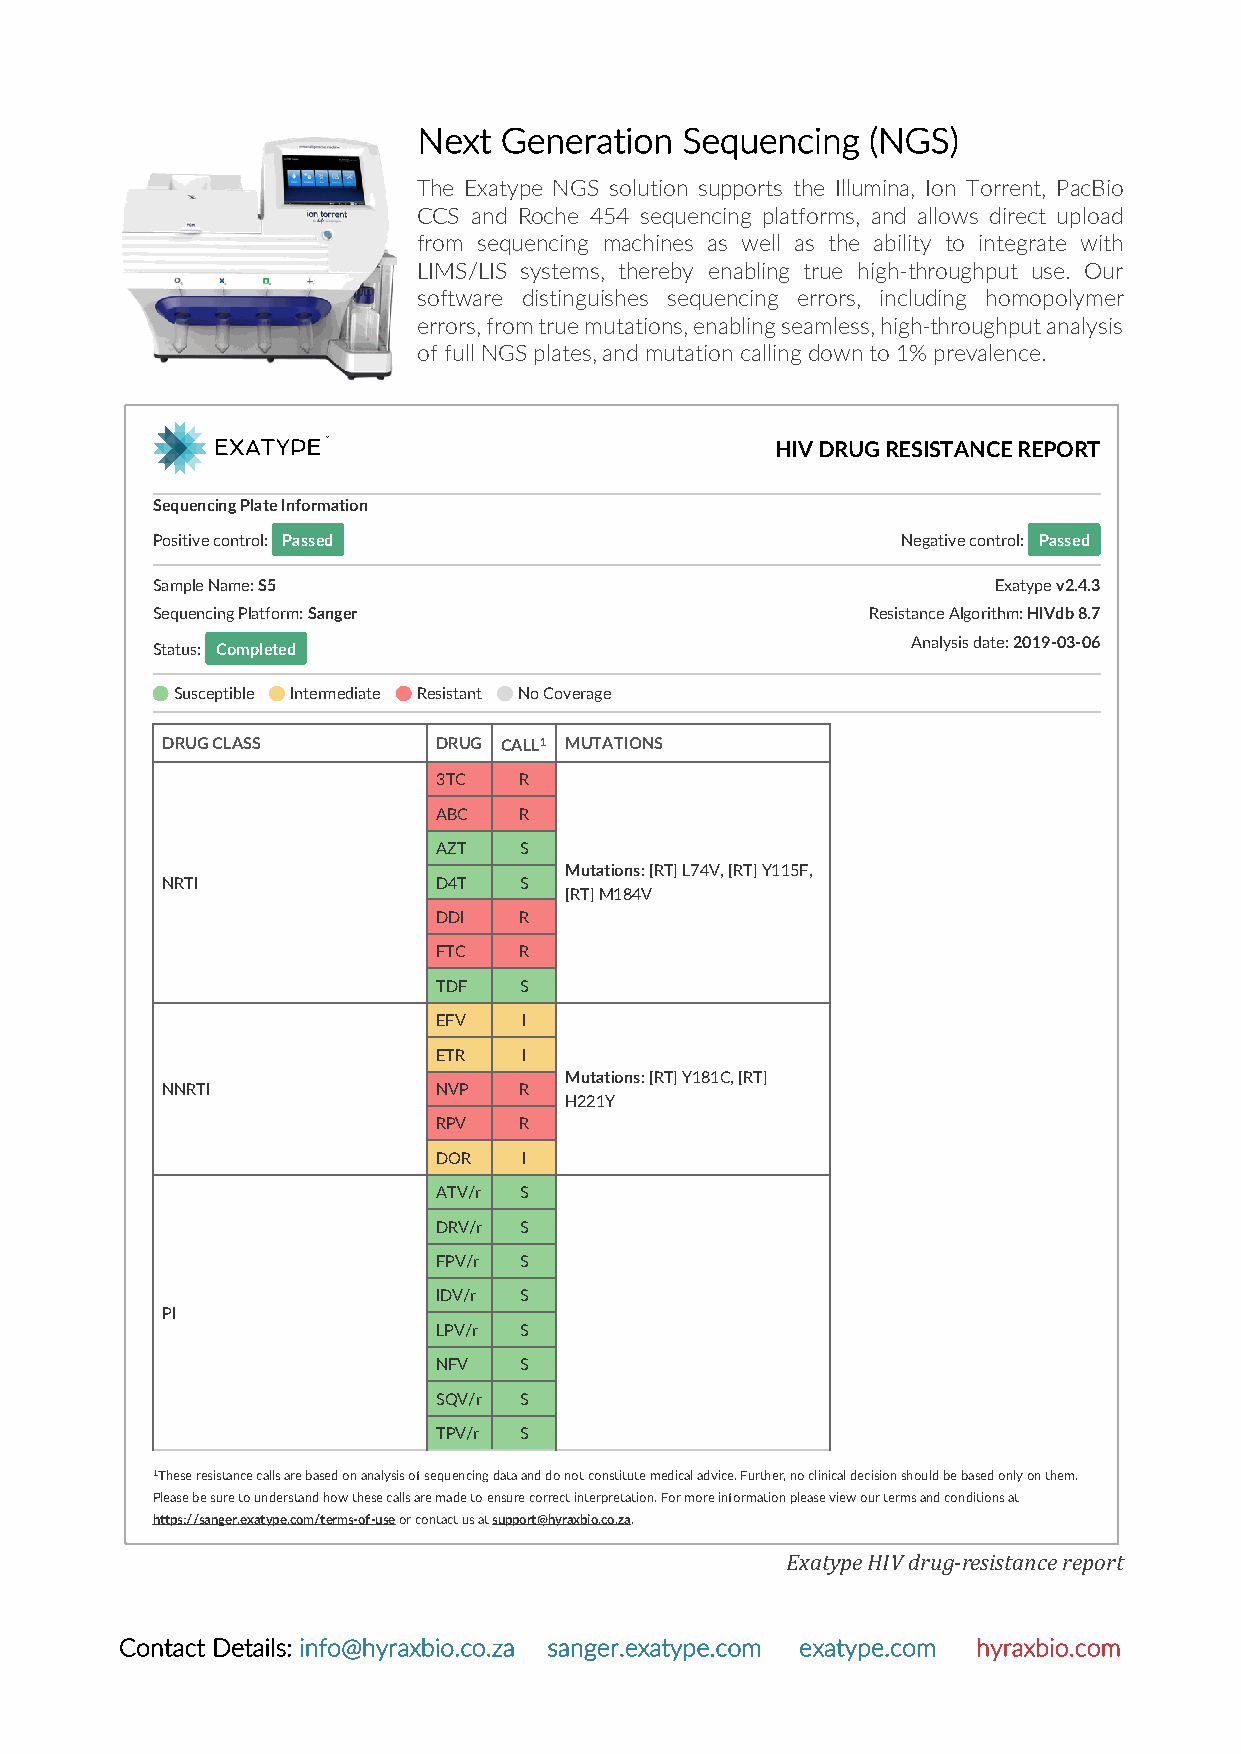
Next Generation  Sequencing   (NGS)
 The Exatype NGS solution supports the Illumina, Ion Torrent, PacBio
 CCS and Roche 454 sequencing platforms, and allows direct upload
 from sequencing machines as well as the ability to integrate with
 LIMS/LIS systems, thereby enabling true high-throughput use. Our
 software distinguishes sequencing errors, including homopolymer
 errors, from true mutations, enabling seamless, high-throughput analysis
 of full NGS plates, and mutation calling down to 1% prevalence.
 HIV DRUG RESISTANCE REPORT
 Sequencing Plate Information
 Positive control: Passed                          Negative control: Passed
 Sample Name: S5                                         Exatype v2.4.3
 Sequencing Platform: Sanger                    Resistance Algorithm: HIVdb 8.7
 Analysis date: 2019-03-06
 Status: Completed
 Susceptible Intermediate Resistant No Coverage
 DRUG CLASS        DRUG CALL1 MUTATIONS
 3TC  R
 ABC  R
 AZT  S
 Mutations: [RT] L74V, [RT] Y115F,
 NRTI              D4T  S
 [RT] M184V
 DDI  R
 FTC  R
 TDF  S
 EFV   I
 ETR   I
 Mutations: [RT] Y181C, [RT]
 NNRTI             NVP  R
 H221Y
 RPV  R
 DOR   I
 ATV/r S
 DRV/r S
 FPV/r S
 IDV/r S
 PI
 LPV/r S
 NFV  S
 SQV/r S
 TPV/r S
 1These resistance calls are based on analysis of sequencing data and do not constitute medical advice. Further, no clinical decision should be based only on them.
 Please be sure to understand how these calls are made to ensure correct interpretation. For more information please view our terms and conditions at
 https://sanger.exatype.com/terms-of-use or contact us at support@hyraxbio.co.za.
 Exatype sample id: 8912124404286720
 Exatype HIV drug-resistance report
 Contact Details: info@hyraxbio.co.za sanger.exatype.com exatype.com hyraxbio.com